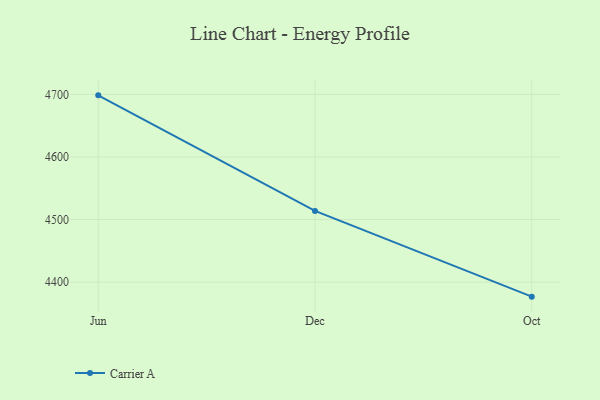
{"axis": {"x": "Month", "y": "Latency (ms)"}, "legend": ["Carrier A"], "data": [{"x": "Jun", "y": 4698.4, "type": "Carrier A"}, {"x": "Dec", "y": 4513.8, "type": "Carrier A"}, {"x": "Oct", "y": 4376.9, "type": "Carrier A"}]}